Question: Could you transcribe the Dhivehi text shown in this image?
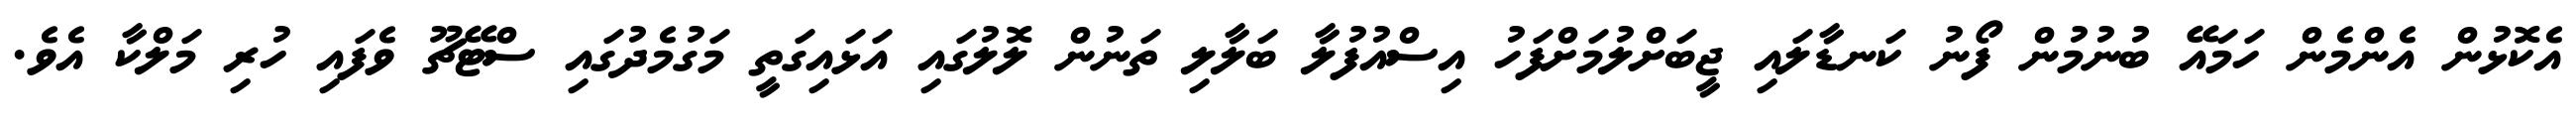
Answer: އެކޮޅުން އެންމެން ހަމައޭ ބުނުމުން ފޯނު ކަނޑާލައި ޖީބަށްލުމަށްފަހު އިސްއުފުލާ ބަލާލި ތަނުން ލޮލުގައި އަޅައިގަތީ މަގުމެދުގައި ސްޓޭޗޫ ވެފައި ހުރި މަލްކާ އެވެ.